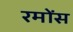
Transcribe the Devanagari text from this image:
रमोंस